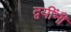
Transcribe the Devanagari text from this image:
द्वयींनी